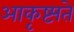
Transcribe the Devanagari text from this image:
आकृष्ट्यते